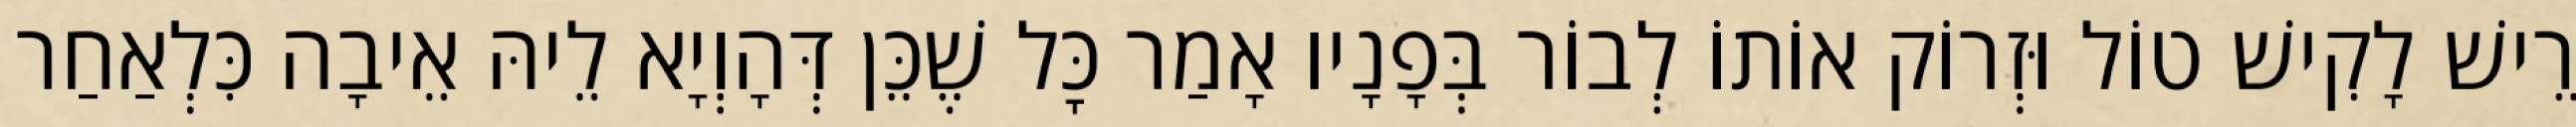
רֵישׁ לָקִישׁ טוֹל וּזְרוֹק אוֹתוֹ לְבוֹר בְּפָנָיו אָמַר כׇּל שֶׁכֵּן דְּהָוְיָא לֵיהּ אֵיבָה כִּלְאַחַר